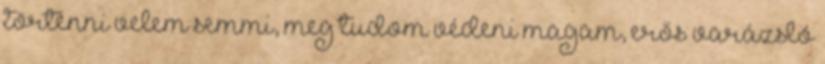
történni velem semmi, meg tudom védeni magam, erős varázsló